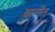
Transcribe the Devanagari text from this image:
वालेंत